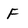
Character: F